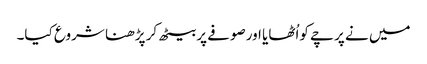
میں نے پرچے کواُٹھایا اورصوفے پربیٹھ کر پڑھنا شروع کیا۔